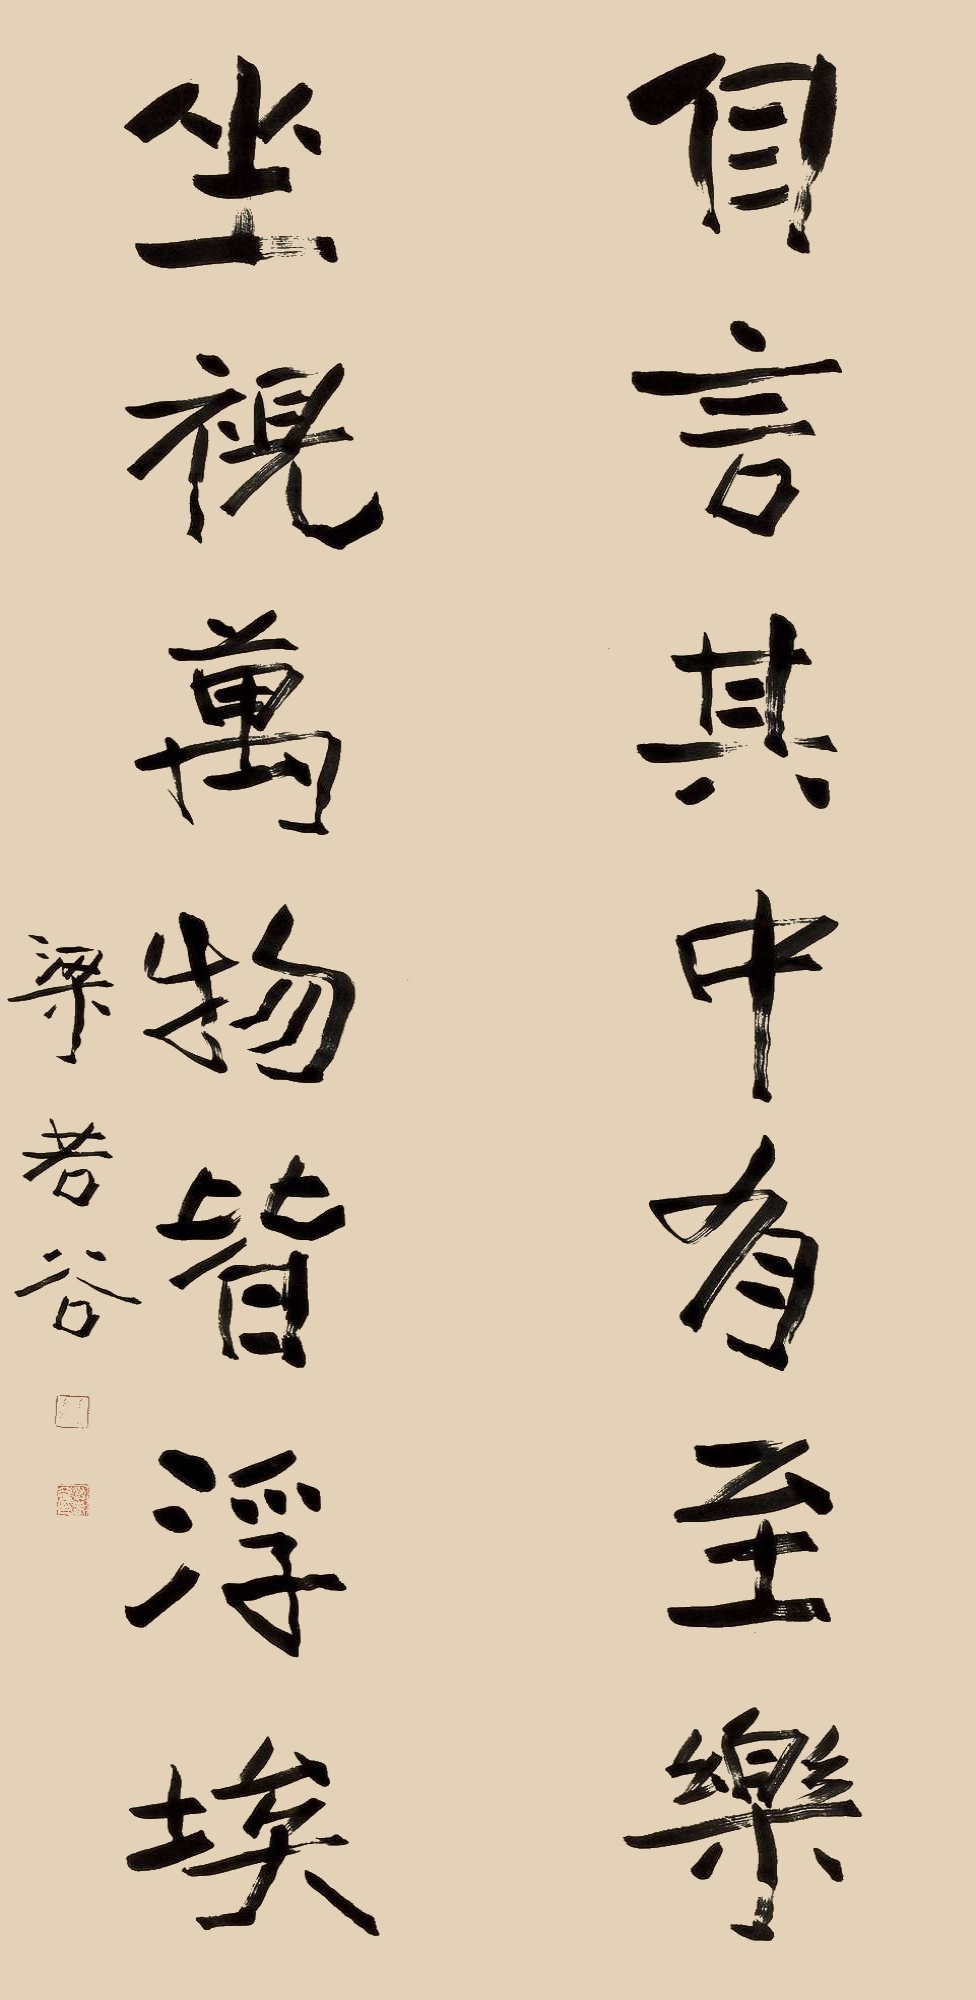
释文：自言其中有至乐，坐视万物皆浮埃。梁若谷。